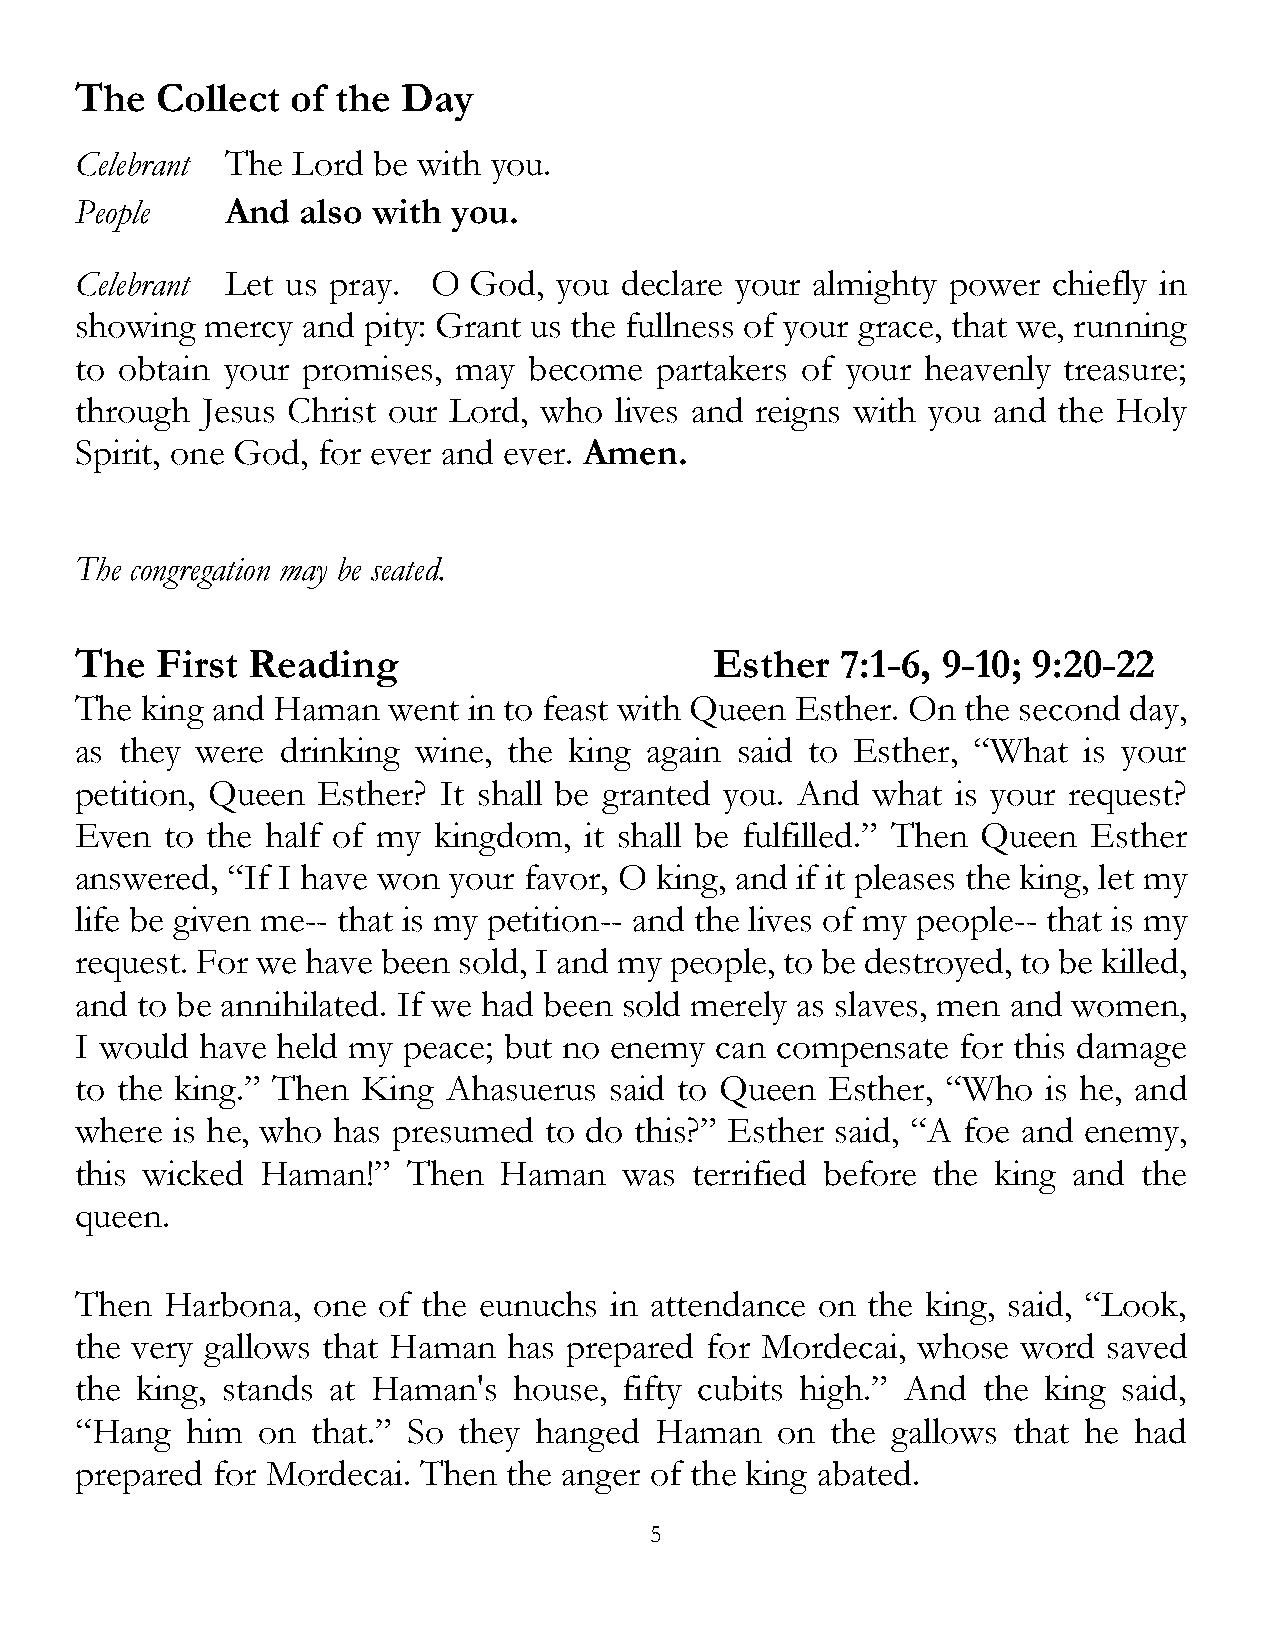
The  Collect  of the  Day
 Celebrant The Lord  be with you.
 People    And  also with you.
 Celebrant Let us pray.  O God,  you declare your almighty power  chiefly in
 showing  mercy and pity: Grant us the fullness of your grace, that we, running
 to obtain your promises, may  become  partakers of your heavenly treasure;
 through Jesus Christ our Lord, who  lives and reigns with you and the Holy
 Spirit, one God, for ever and ever. Amen.
 The congregation may be seated.
 The  First Reading                        Esther   7:1-6, 9-10; 9:20-22
 The king and Haman   went in to feast with Queen Esther. On the second day,
 as they were  drinking wine, the king again said to Esther, “What  is your
 petition, Queen Esther? It shall be granted you. And what is your request?
 Even  to the half of my kingdom,  it shall be fulfilled.” Then Queen Esther
 answered, “If I have won your favor, O king, and if it pleases the king, let my
 life be given me-- that is my petition-- and the lives of my people-- that is my
 request. For we have been sold, I and my people, to be destroyed, to be killed,
 and to be annihilated. If we had been sold merely as slaves, men and women,
 I would have held my  peace; but no enemy can compensate   for this damage
 to the king.” Then King  Ahasuerus said to Queen  Esther, “Who  is he, and
 where is he, who has presumed  to do this?” Esther said, “A foe and enemy,
 this wicked Haman!”   Then  Haman   was  terrified before the king and the
 queen.
 Then  Harbona,  one of the eunuchs in attendance on the king, said, “Look,
 the very gallows that Haman  has prepared for Mordecai, whose  word saved
 the king, stands at Haman's  house, fifty cubits high.” And the king said,
 “Hang  him  on  that.” So they hanged Haman   on  the gallows that he had
 prepared for Mordecai. Then  the anger of the king abated.
 5